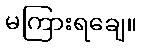
မကြားရချေ။